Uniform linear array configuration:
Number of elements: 24
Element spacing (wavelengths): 0.75
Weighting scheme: exponential
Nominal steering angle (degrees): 60
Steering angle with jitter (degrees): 61.334
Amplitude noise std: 0.05
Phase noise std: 0.05

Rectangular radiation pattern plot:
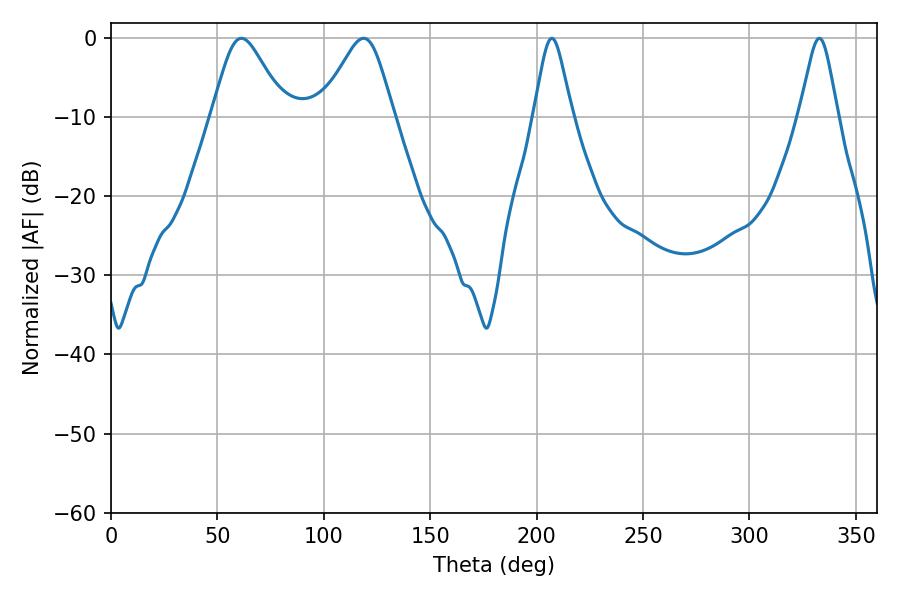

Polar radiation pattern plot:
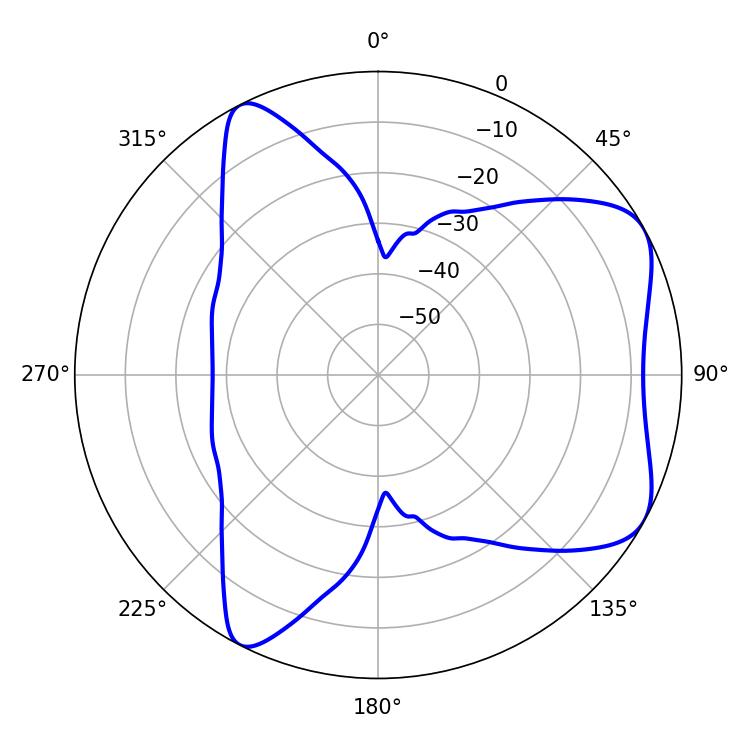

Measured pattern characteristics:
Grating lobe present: TRUE
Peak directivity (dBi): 6.238
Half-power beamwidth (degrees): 8.64
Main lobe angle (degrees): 207.18